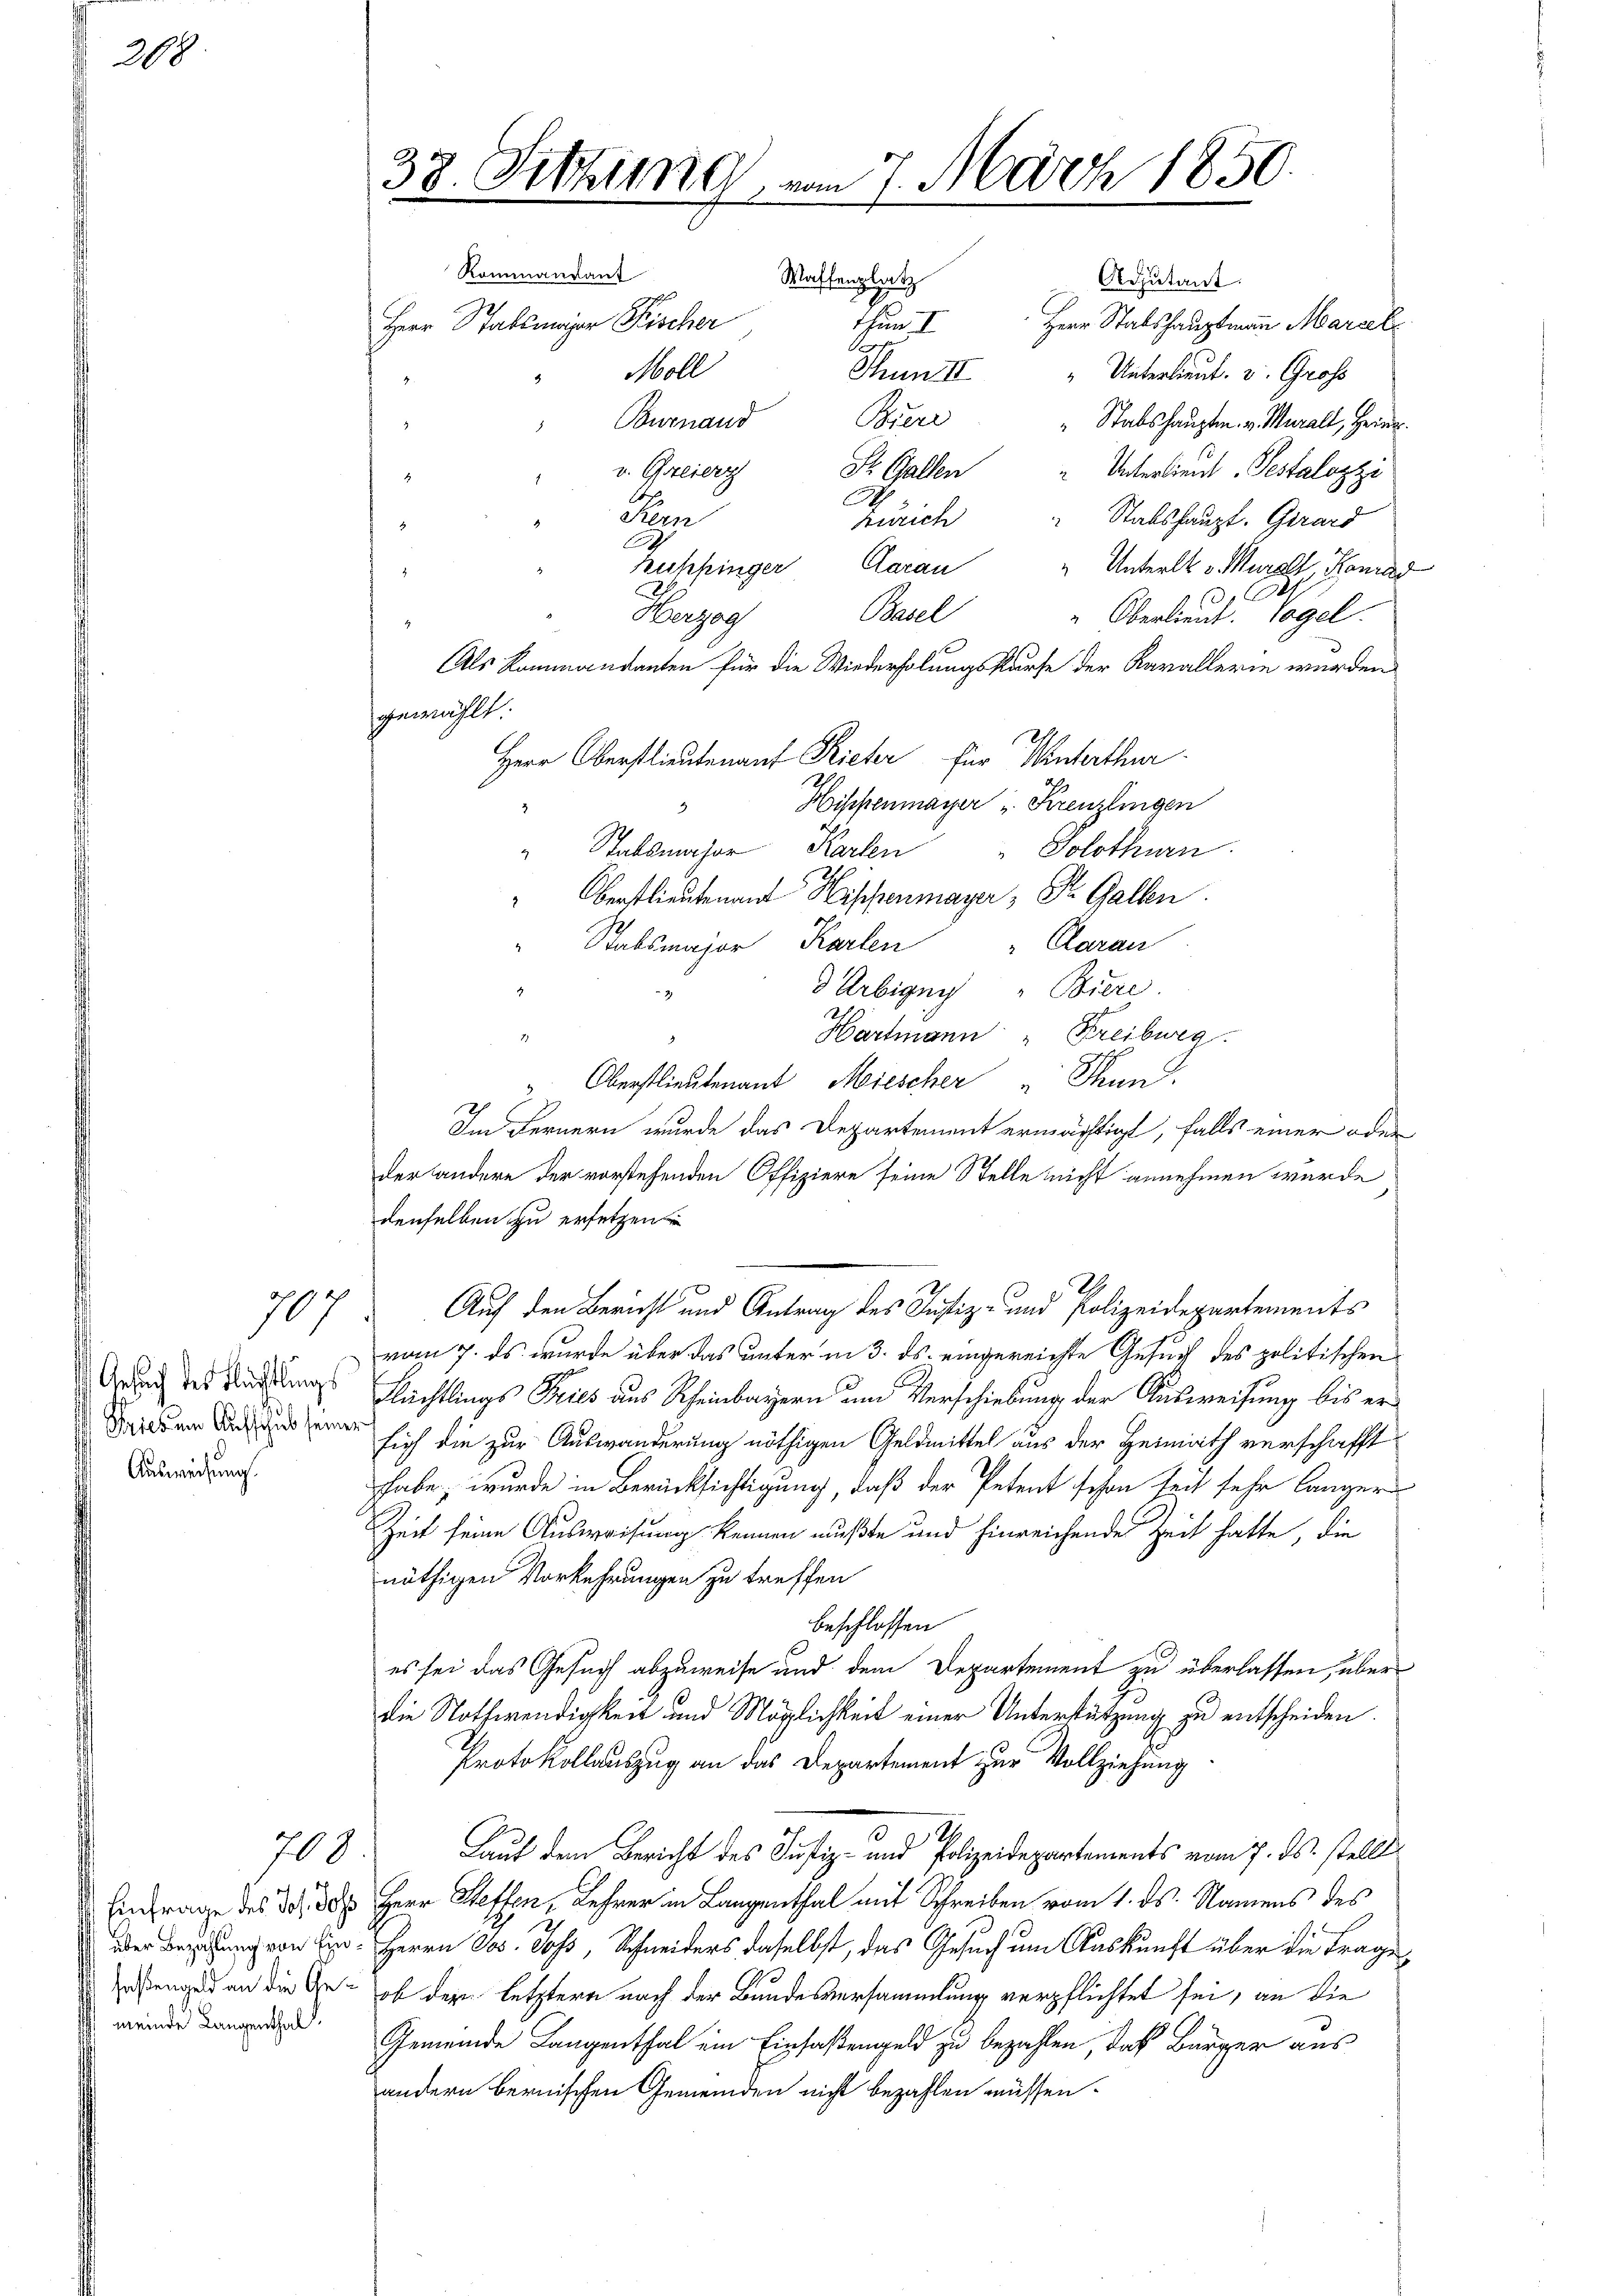
208

Gesuch des Flüchtlings
Pries um Aufschub seines
Ausweisung.

707

über Bezahlung von Einfaßengeld an die Gemeinde Langenthal

700

C
Fern
zürich Stabshaupt- Girard
.
huhfinger Garan " Unterl. v. Muralt, Konrad
2
d. Art.
Basel
Herzog
" Oberlieut. Vogel.
Als Kommandanten für die Wiederholungskurse der Karallerien wurden
gewählt.
Herr Oberstlieutenauf Rieter für Winterthur
B
Hischenmayer u. Kreuzlingen
3
" Stallmacher Karten
" Solothurn.
" Oberstlieutenant Hischenmayer, Dr. Gallen.
Carau
Stabsmajor Karten
Arbigen „Biere.
.
Hartmann Freibwea.
.
Oberstlieutenant Miescher "Thun.
2
Im Fernern wurde das Departement ermächtigt, falls einer oder
der andere der vorstehenden Offiziere seine Stelle nicht annehmen würde
denselben zu ersetzen
I.
Auch den Bericht und Antrag des Justiz- und Polizeidepartements
vom 7. ds. wurde über das unter in 3. ds. eingereichte Gesuch des politischen
Flüchtlings Pries aus Rheinbayern um Verschiebung der Ausweisung bis ersich die zur Auswanderung nöthigen Geldmittel aus der Heimath verschafft
habe, wurde in Berücksichtigung, daß der Petent schon seit sehr länger
Zeit seine Ausweisung kennen mußte und hinreichende Zeit hatte, die
nöthigen Vorkehrungen zu treffen
beschlossen
es sei das Gesuch abzuweise und dem Departement zu überlassen, über
die Nothwendigkeit und Möglichkeit einer Unterstützung zu entscheiden.
Protokollauszug an das Departement zur Vollziehung
S
Laut dem Bericht des Justiz- und Polizeidepartements vom 7. ds. stellt
Einfrage des d. 30. Herr Steffen, Lehrer in Langenthal mit Schreiben vom 1. ds. Namens des
Herrn Jos. Joss, Schneiders daselbst, das Gesuch um Auskunft über die Frage
ob der letztere nach der Bundesversammlung verpflichtet sei, an die
Gemeinde Langenthal ein Einfaßengeld zu bezahlen, das Bürger aus
andern bernischen Gemeinden nicht bezahlen müssen.

38. Sitzung vom 7. März 1850.
Kommandant
Waffenplatz
Adjutant.
Herr Stablinger Fischer
thun I. Herr Stabshauptmann Mariel
Moll
Thun III " Unterlieut. v. Gross
2
Burnand Biere
" Stabshauptm. v. Murall, Heinr
" v. Greiers St. Gallen Unterlieut. Testalozzi

2.